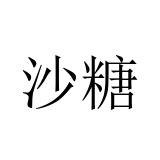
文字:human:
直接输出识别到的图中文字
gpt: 沙糖